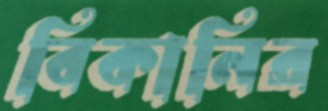
বিকানির